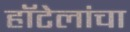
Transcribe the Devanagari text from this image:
हॉटेलांचा